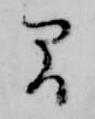
間